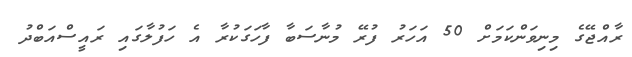
ރާއްޖޭގެ މިނިވަންކަމަށް 50 އަހަރު ފުރޭ މުނާސަބާ ފާހަގަކުރާ އެ ހަފުލާގައި ރައީސްއަބްދު